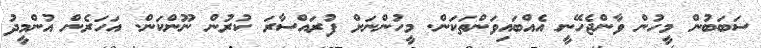
ސަބަބުން މީހުން ވާންޖެހޭނީ އެއްބައިވަންތަކަން. މީހުންނަށް ފުުރައްސާރަ ކުރުން ނޫންކަން. އަހަރެން އުންމީދު